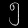
Digit: ၅